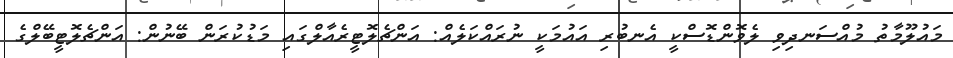
މައުލޫމާތު މުއްސަނދިވި ލެވޮންޑޮސްކީ އެނބުރި އައުމަކީ ނުރައްކަލެއް: އަންޗެލޮޓީރެއާލްގައި މަޑުކުރަން ބޭނުން: އަންޗެލޮޓީބޭލްގެ